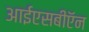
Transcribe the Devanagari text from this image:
आईएसबीऍन